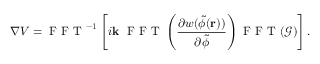
\nabla V = \mathrm { ~ F ~ F ~ T ~ } ^ { - 1 } \left[ i \mathbf { k } ~ \mathrm { ~ F ~ F ~ T ~ } \left( \frac { \partial w ( \tilde { \phi } ( \mathbf { r } ) ) } { \partial \tilde { \phi } } \right) \mathrm { ~ F ~ F ~ T ~ } ( \mathcal { G } ) \right] .